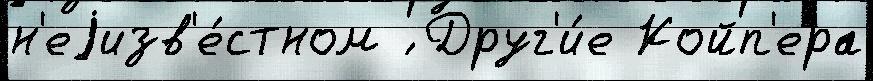
н'еjизв'е́стном ́ Друг'и́е Койп'ера